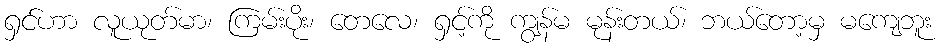
ရှင်ဟာ လူယုတ်မာ၊ ကြမ်းပိုး၊ တေလေ၊ ရှင့်ကို ကျွန်မ မုန်းတယ်၊ ဘယ်တော့မှ မကျေဘူး